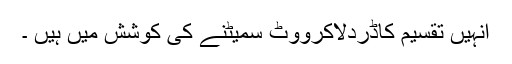
انہیں تقسیم کاڈردلاکرووٹ سمیٹنے کی کوشش میں ہیں ۔